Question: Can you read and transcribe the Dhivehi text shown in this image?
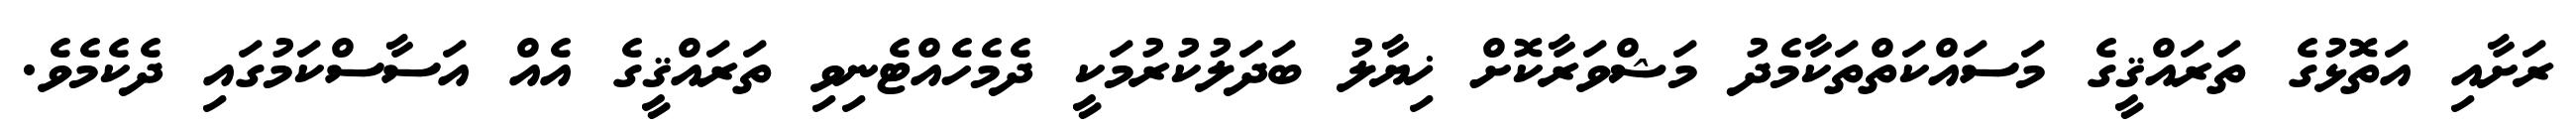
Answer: ރަށާއި އަތޮޅުގެ ތަރައްޤީގެ މަސައްކަތްތަކާމެދު މަޝްވަރާކޮށް ޚިޔާލު ބަދަލުކުރުމަކީ ދެމެހެއްޓެނިވި ތަރައްޤީގެ އެއް އަސާސްކަމުގައި ދެކެމެވެ.